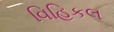
વિહિકલ